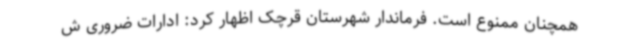
همچنان ممنوع است. فرماندار شهرستان قرچک اظهار کرد: ادارات ضروری ش